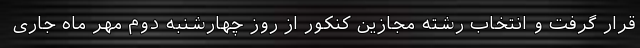
قرار گرفت و انتخاب رشته مجازین کنکور از روز چهارشنبه دوم مهر ماه جاری